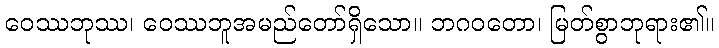
ဝေဿဘုဿ၊ ဝေဿဘူအမည်တော်ရှိသော။ ဘဂဝတော၊ မြတ်စွာဘုရား၏။